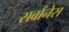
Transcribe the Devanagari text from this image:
सर्बानेस